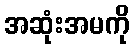
အဆုံးအမကို